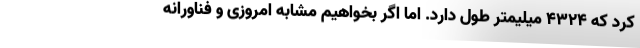
کرد که 4324 میلیمتر طول دارد. اما اگر بخواهیم مشابه امروزی و فناورانه